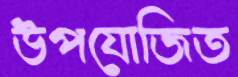
উপযোজিত